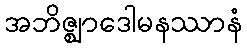
အဘိဇ္ဈာဒေါမနဿာနံ